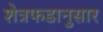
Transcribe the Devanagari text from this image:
शेत्रफडानुसार